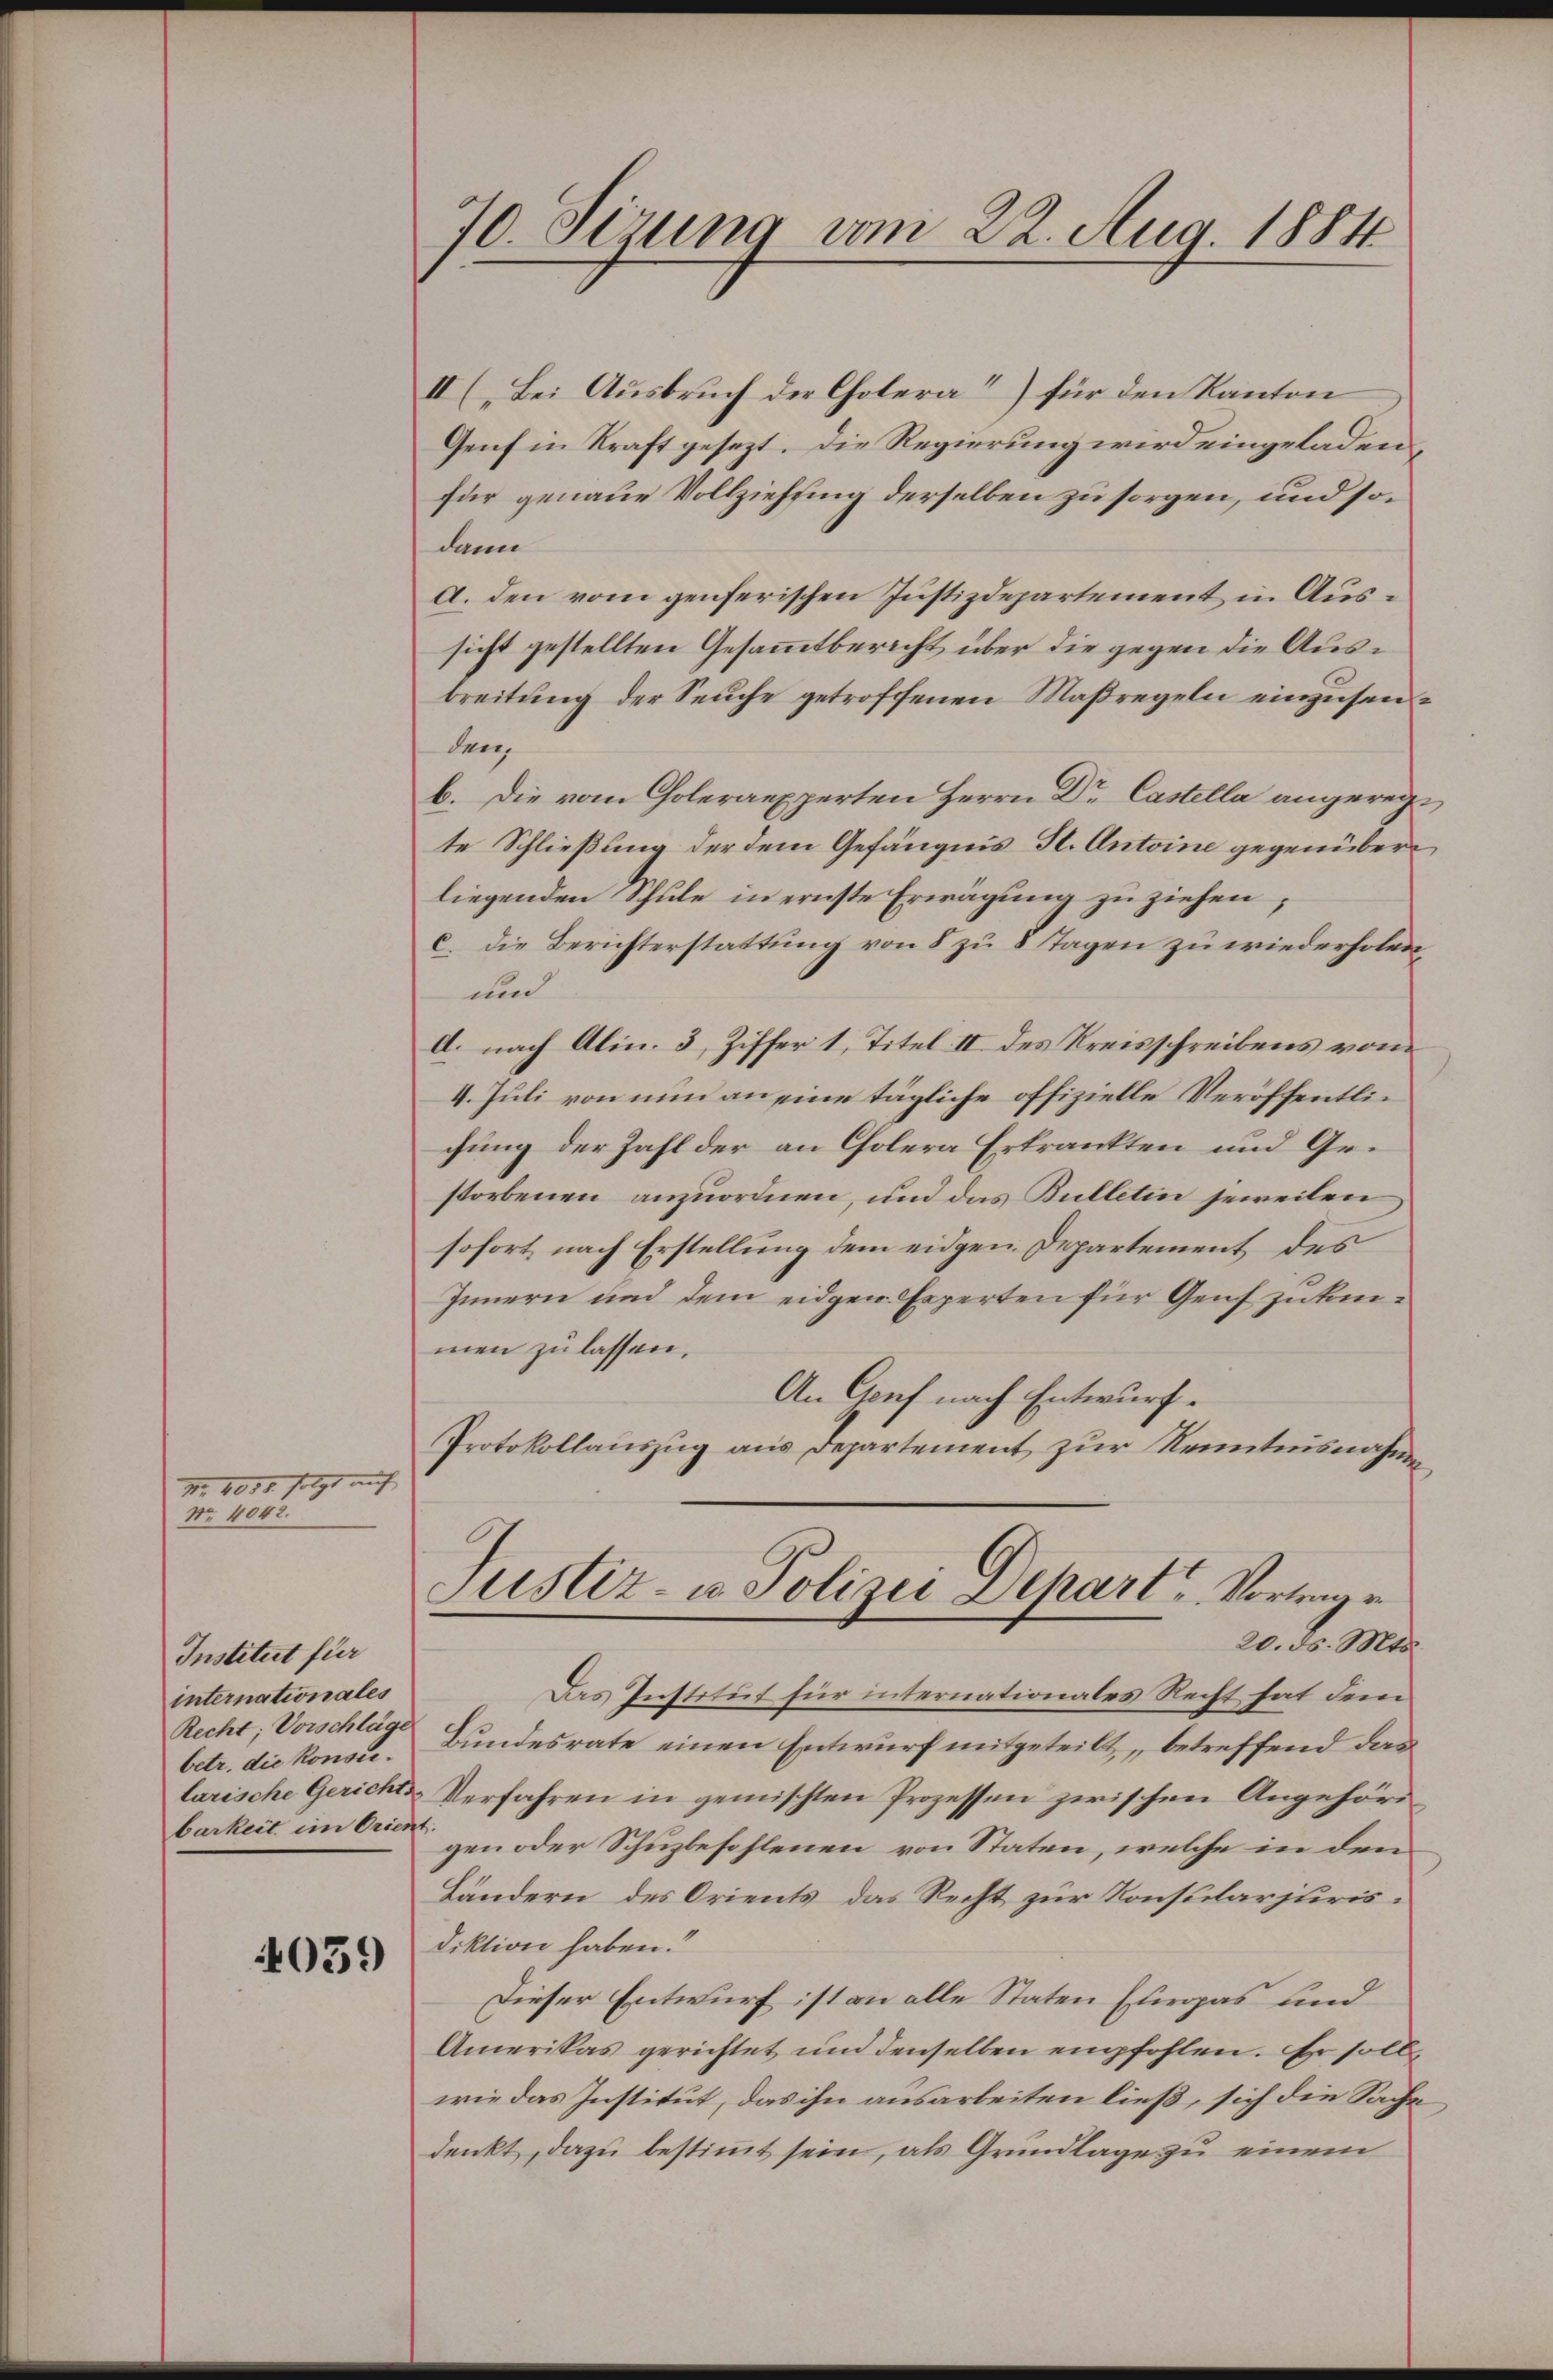
XI. 4054. folgt auf
Nr. 4042.

Institut für
internationales
Recht; Vorschläge
betr. die Konsilarische Gerichts
barkeit im Orient

4059

70. Sizung vom 22. Aug. 1884

II (Bei Ausbruch der Cholera“) für den Kanton
Genf in Kraft gesezt. Die Regierung wird eingeladen,
für genaue Vollziehung derselben zu sorgen, und sodann
A. den vom genferischen Justizdepartement in Aussicht gestellten Gesammtbericht über die gegen die Ausbreitung der Seuche getroffenen Maßregeln einzusenden,
b. Die vom Coleraexperten Herrn Dr Castella angeregte Schließung der dem Gefängnis St. Antoine gegenüberliegenden Schule in ernste Erwägung zu ziehen;
c. die Berichterstattung von 8 zu 8 Tagen zu wiederholen,
und
d. nach Alin. 3, Ziffer 1, Titel II des Kreisschreibens von
4. Juli von nun an eine tägliche offizielle Veröffentlichung der Zahl der an Cholera Erkrankten und Gestorbenen anzuordnen, und das Bulletin jeweilen
sofort nach Erstellung dem eidgen. Departement des
Innern und dem eidgen. Erperten für Genf zu einmen zu lassen.
An Genf nach Entwurf.
Protokollauszug aus Departement zur Kenntnisnahmen
Justiz- u. Polizei Depart, Vortrage
20. ds. Mts.
Das Institut für internationales Recht hat dem
Bundesrate einen Entwurf mitgeteilt, betreffend das
Verfahren in gemischten Prozessen zwischen Angehörigen oder Schuzbefohlenen von Staten, welche in den
Ländern des Orients das Recht zur Konsularjurisdiktion haben.
Dieser Entwurf ist an alle Staten Europas und
Amerikas gerichtet und denselben empfohlen. Er soll,
wie das Institut, das ihn ausarbeiten ließ, sich die Sache
denkt, dazu bestimmt sein, als Grundlage zu einem